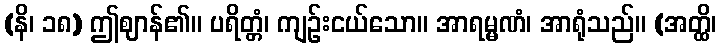
(နိ၊ ၁၈) ဤဈာန်၏။ ပရိတ္တံ၊ ကျဉ်းငယ်သော။ အာရမ္မဏံ၊ အာရုံသည်။ (အတ္ထိ၊